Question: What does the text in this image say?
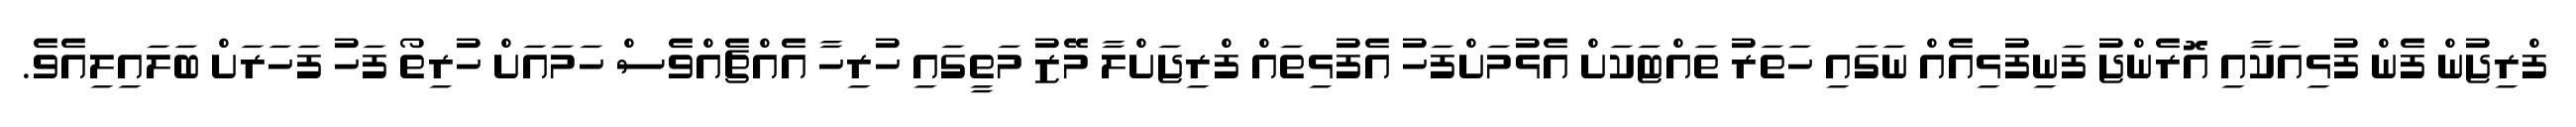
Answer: ފްރިޖުން ފެން ފުޅިއަކާއި އޮރެންޖު ފަނިފުޅިއެއް ނަގައި ހަތަރު ތައްޓަކަށް އެޅުމަށްފަހު އެފުޅިތައް ފްރިޖަށްލާ މޭޒު މަތީގައި ހުރިހާ އެއްޗެއްވެސް ހަމައަށް ހުރިތޯ ފަހު ފަހަރަށް ބަލައިލިއެވެ.